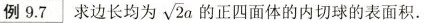
例9.7 求边长均为\sqrt{2a} 正四面体的内切球的表面积.